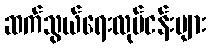
ဆက်သွယ်ရေးလုပ်ငန်းများ